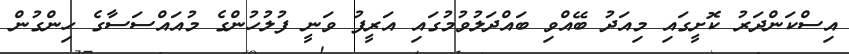
އިސްކަންދަރު ކޮށީގައި މިއަދު ބޭއްވި ބައްދަލުވުމުގައި އަރީފު ވަނީ ފުލުހުންގެ މުއައްސަސާގެ ހިންގުން